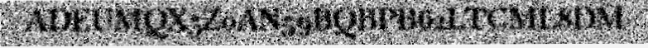
ADEUMQX5Z0AN59BQBPB62LTCML8DM